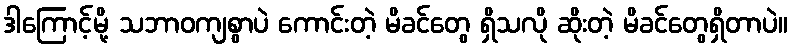
ဒါကြောင့်မို့ သဘာဝကျစွာပဲ ကောင်းတဲ့ မိခင်တွေ ရှိသလို ဆိုးတဲ့ မိခင်တွေရှိတာပဲ။